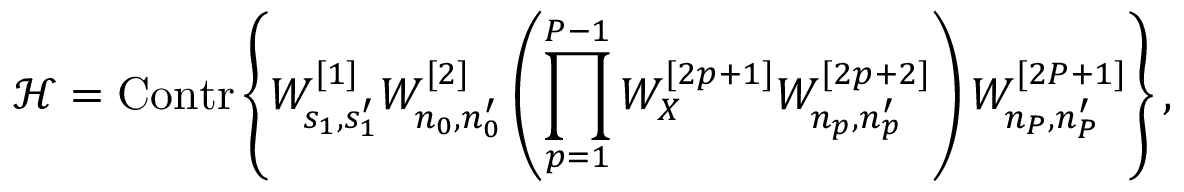
\mathcal { H } = \mathrm { C o n t r } \left\{ W _ { s _ { 1 } , s _ { 1 } ^ { \prime } } ^ { [ 1 ] } W _ { n _ { 0 } , n _ { 0 } ^ { \prime } } ^ { [ 2 ] } \left( \prod _ { p = 1 } ^ { P - 1 } W _ { X } ^ { [ 2 p + 1 ] } W _ { n _ { p } , n _ { p } ^ { \prime } } ^ { [ 2 p + 2 ] } \right) W _ { n _ { P } , n _ { P } ^ { \prime } } ^ { [ 2 P + 1 ] } \right\} ,